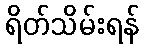
ရိတ်သိမ်းရန်